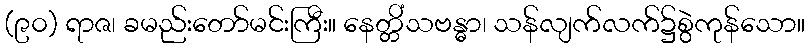
(၉၀) ရာဇ၊ ခမည်းတော်မင်းကြီး။ နေတ္တိံသဗန္ဓာ၊ သန်လျက်လက်၌စွဲကုန်သော။